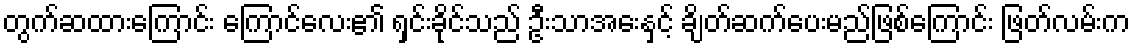
တွက်ဆထားကြောင်း ကြောင်လေး၏ ရှင်းခိုင်သည် ဦးသာအေးနှင့် ချိတ်ဆက်ပေးမည်ဖြစ်ကြောင်း ဖြတ်လမ်းက